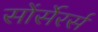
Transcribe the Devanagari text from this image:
सोंर्सेरर्स